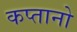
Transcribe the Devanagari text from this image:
कप्तानो